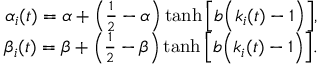
\begin{array} { r } { \alpha _ { i } ( t ) = \alpha + \left( \frac { 1 } { 2 } - \alpha \right) \operatorname { t a n h } \Big [ b \Big ( k _ { i } ( t ) - 1 \Big ) \Big ] , } \\ { \beta _ { i } ( t ) = \beta + \left( \frac { 1 } { 2 } - \beta \right) \operatorname { t a n h } \Big [ b \Big ( k _ { i } ( t ) - 1 \Big ) \Big ] . } \end{array}